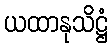
ယထာနုသိဋ္ဌံ